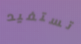
تستفيد